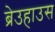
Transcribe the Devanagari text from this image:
ब्रेउहाउस